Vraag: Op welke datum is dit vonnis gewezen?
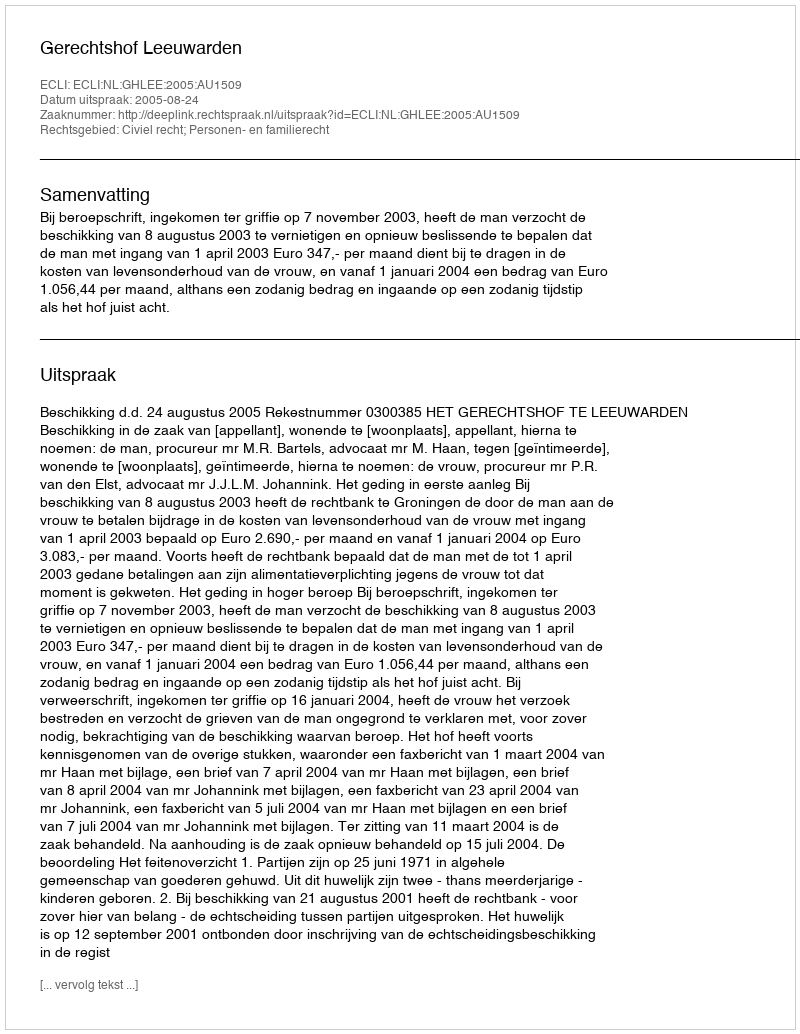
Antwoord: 2005-08-24